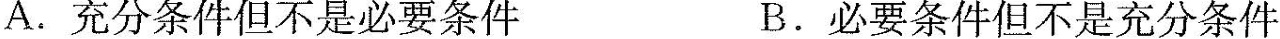
A.充分条件但不是必要条件 B.必要条件但不是充分条件